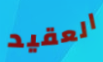
العقيد